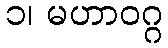
၁၊ မဟာဝဂ္ဂ